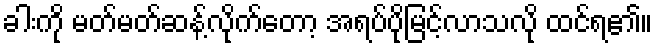
ခါးကို မတ်မတ်ဆန့်လိုက်တော့ အရပ်ပိုမြင့်လာသလို ထင်ရ၏။